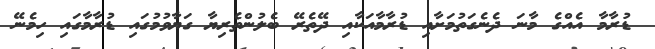
ޑުރާމާ އެއްގެ މާނަ ދެނެގަތުމަށާއި ޑުރާމާއަކާއި ދޭތެރޭ ބެލުންތެރިޔާ ގަޔާވުމުގައި ޑުރާމާގައި ހިމެނޭ